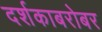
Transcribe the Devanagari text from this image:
दर्शकाबरोबर